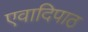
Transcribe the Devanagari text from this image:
एवादिपाठ